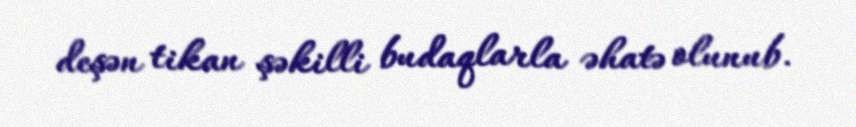
deşən tikan şəkilli budaqlarla əhatə olunub.